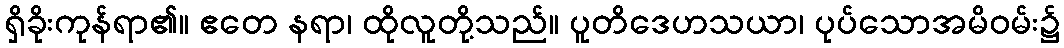
ရှိခိုးကုန်ရာ၏။ ဧတေ နရာ၊ ထိုလူတို့သည်။ ပူတိဒေဟသယာ၊ ပုပ်သောအမိဝမ်း၌